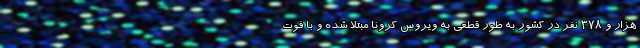
هزار و ۳۷۸ نفر در کشور به طور قطعی به ویروس کرونا مبتلا شده و با فوت